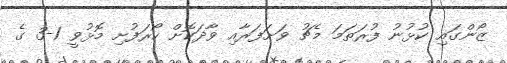
ޒޯންގައި ކުޅުނު ފުރަތަމަ މެޗު ވަށަފަރާއި ވާދަކޮށް ހޯރަފުށި މޮޅުވީ 1-3 ގެ